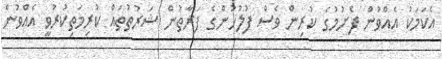
އެކަމަކު އެއްވުން ފެށުމުގެ ކުރިން ވެސް ފުލުހުންގެ ފަރާތުން ޝަރުތުތައް ކުރިމަތިކުރުވީ އެއްވުން